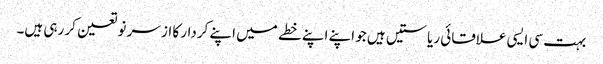
بہت سی ایسی علاقائی ریاستیں ہیں جو اپنے اپنے خطے میں اپنے کردار کا از سر نو تعین کر رہی ہیں۔